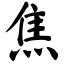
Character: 焦